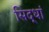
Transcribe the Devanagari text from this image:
सिद्धां